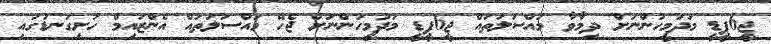
ޖީ6ޕީޑީ މަދުމީހުންނަށް ދިމާވާ މައްސަލަތައް ޖީ6ޕީޑީ މަދުމީހުންނަށް ޖެހޭ މައްސަލަތައް އެންޒައިމް ހަށިގަނޑުގައި